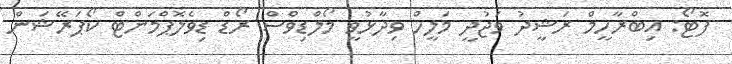
ފޮޓޯ: އިބްރާހީމް ރަޝީދު ވަޖުދީ މަލީހް ވިދާޅުވީ މޯލްޑިވްސް ރޯޑް ޑިވެލޮޕްމަންޓް ކޯޕަރޭޝަން